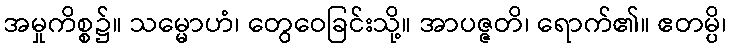
အမှုကိစ္စ၌။ သမ္မောဟံ၊ တွေဝေခြင်းသို့။ အာပဇ္ဇတိ၊ ရောက်၏။ ဧတမ္ပိ၊